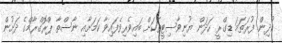
ކުދިން ފުރަތަމަ ޑިގްރީ ހަދަން ޔުނިވާސިޓީތަކަށް ބައިވެރިވެފައިވާ ކަމަށާއި ނާސްތާ ޕްރޮގްރާމްގެ ދަށުން